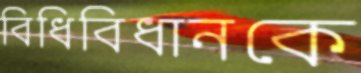
বিধিবিধানকে